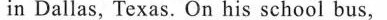
in Dallas, Texas. On his school bus,